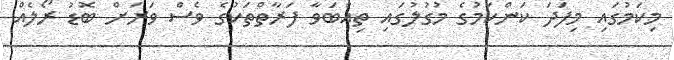
މިކަމުގައި މިފަދަ ކަންކަމުގެ މުގުލުގައި ތިއްބަވާ ފަރާތްތަކުގެ ވެސް ވަރަށް ބޮޑު ރޯލެއް